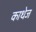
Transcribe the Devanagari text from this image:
काथेज